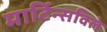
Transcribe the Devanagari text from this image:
मार्टिन्सविले